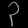
Digit: ၃